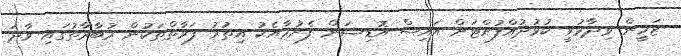
ޒަހީން ވިދާޅުވީ ކުޅުދުއްފުށްޓަށް އައިސް އޮޑިޝަން ފެށުމާއެކު އިތުރު ފަރާތްތަކުން މުބާރާތުގައި ވާދަ